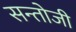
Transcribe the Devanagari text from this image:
सन्तोजी